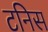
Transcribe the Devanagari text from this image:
टनिस